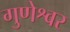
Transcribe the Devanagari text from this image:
गुणेश्वर